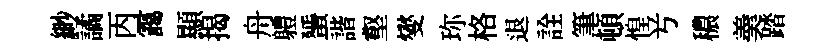
緲譎丙靄顯揭舟軆蜑諧壑燮珎格退詮筆頓惶𠔃穠羮踏